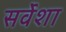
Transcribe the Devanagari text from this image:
सर्वेशा